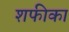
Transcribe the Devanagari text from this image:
शफीका